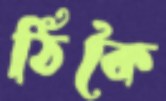
ঠিকৈ